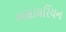
અસાયરિયન